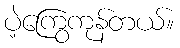
ပဲ့ကြွေကုန်တယ်။